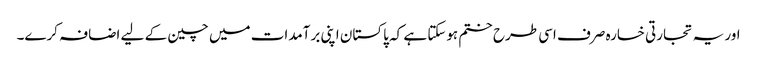
اور یہ تجارتی خسارہ صرف اسی طرح ختم ہوسکتا ہے کہ پاکستان اپنی برآمدات میں چین کے لیے اضافہ کرے۔